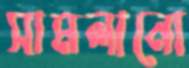
সামলানো